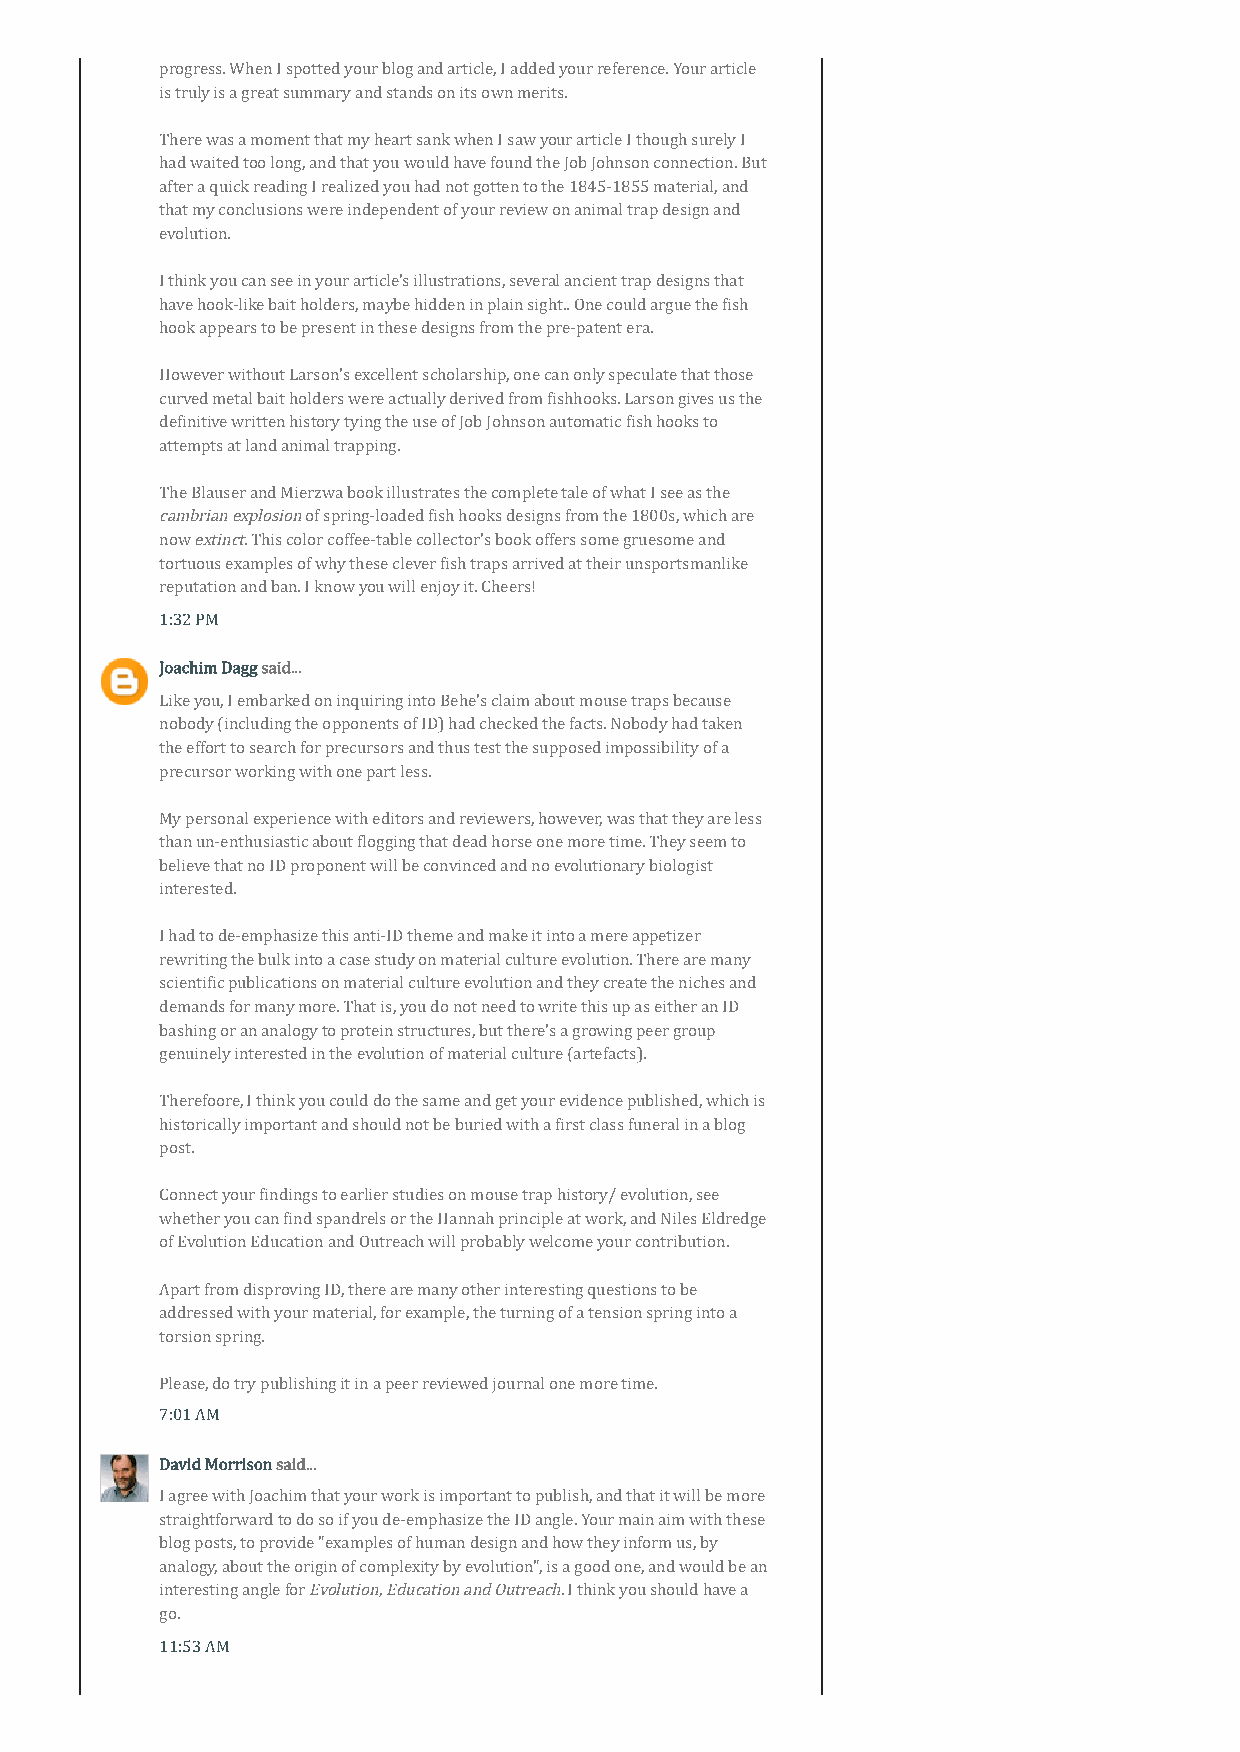
progress. When I spotted your blog and article, I added your reference. Your article
 is truly is a great summary and stands on its own merits.
 There was a moment that my heart sank when I saw your article I though surely I
 had waited too long, and that you would have found the Job Johnson connection. But
 after a quick reading I realized you had not gotten to the 1845-1855 material, and
 that my conclusions were independent of your review on animal trap design and
 evolution.
 I think you can see in your article's illustrations, several ancient trap designs that
 have hook-like bait holders, maybe hidden in plain sight.. One could argue the fish
 hook appears to be present in these designs from the pre-patent era.
 However without Larson's excellent scholarship, one can only speculate that those
 curved metal bait holders were actually derived from fishhooks. Larson gives us the
 definitive written history tying the use of Job Johnson automatic fish hooks to
 attempts at land animal trapping.
 The Blauser and Mierzwa book illustrates the complete tale of what I see as the
 cambrian explosion of spring-loaded fish hooks designs from the 1800s, which are
 now extinct. This color coffee-table collector's book offers some gruesome and
 tortuous examples of why these clever fish traps arrived at their unsportsmanlike
 reputation and ban. I know you will enjoy it. Cheers!
 1:32 PM
 Joachim Dagg said...
 Like you, I embarked on inquiring into Behe's claim about mouse traps because
 nobody (including the opponents of ID) had checked the facts. Nobody had taken
 the effort to search for precursors and thus test the supposed impossibility of a
 precursor working with one part less.
 My personal experience with editors and reviewers, however, was that they are less
 than un-enthusiastic about flogging that dead horse one more time. They seem to
 believe that no ID proponent will be convinced and no evolutionary biologist
 interested.
 I had to de-emphasize this anti-ID theme and make it into a mere appetizer
 rewriting the bulk into a case study on material culture evolution. There are many
 scientific publications on material culture evolution and they create the niches and
 demands for many more. That is, you do not need to write this up as either an ID
 bashing or an analogy to protein structures, but there's a growing peer group
 genuinely interested in the evolution of material culture (artefacts).
 Therefoore, I think you could do the same and get your evidence published, which is
 historically important and should not be buried with a first class funeral in a blog
 post.
 Connect your findings to earlier studies on mouse trap history/ evolution, see
 whether you can find spandrels or the Hannah principle at work, and Niles Eldredge
 of Evolution Education and Outreach will probably welcome your contribution.
 Apart from disproving ID, there are many other interesting questions to be
 addressed with your material, for example, the turning of a tension spring into a
 torsion spring.
 Please, do try publishing it in a peer reviewed journal one more time.
 7:01 AM
 David Morrison said...
 I agree with Joachim that your work is important to publish, and that it will be more
 straightforward to do so if you de-emphasize the ID angle. Your main aim with these
 blog posts, to provide "examples of human design and how they inform us, by
 analogy, about the origin of complexity by evolution", is a good one, and would be an
 interesting angle for Evolution, Education and Outreach. I think you should have a
 go.
 11:53 AM